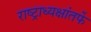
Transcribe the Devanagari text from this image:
राष्ट्राध्यक्षांतर्फे